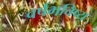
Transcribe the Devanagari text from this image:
वर्षभविष्य